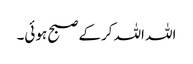
اللہ اللہ کرکے صبح ہوئی۔